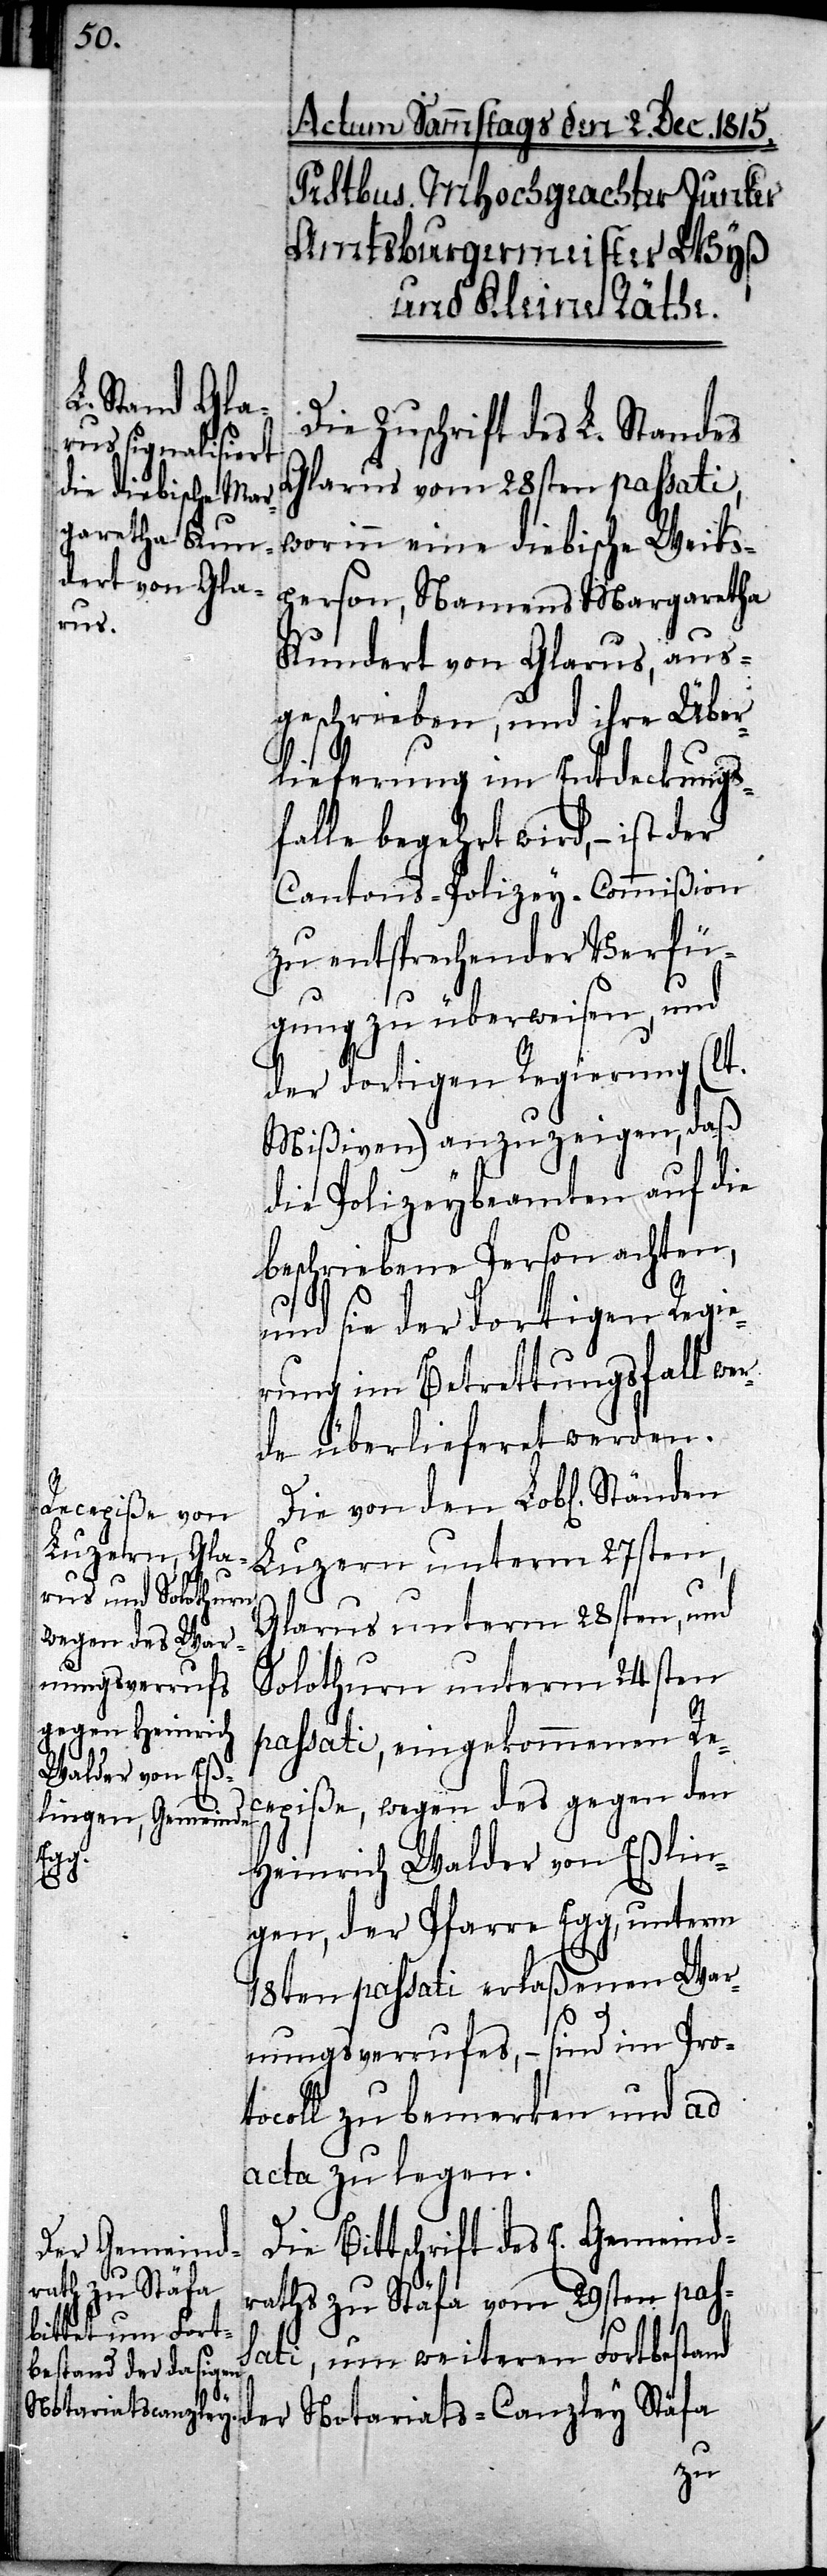
Die Zuschrift des L. Standes
Glarus vom 28sten passati,
worinn eine diebische Weibs¬
person, Namens Margaretha
Kundert von Glarus, aus¬
geschrieben, und ihre Über¬
lieferung im Entdeckungs¬
falle begehrt wird, – ist der
Cantons-Polizey-Commißion
zu entsprechender Verfü¬
gung zu überweisen, und
der dortigen Regierung (lt.
Mißiven) anzuzeigen, daß
die Polizeybeamten auf die
beschriebene Person achten,
und sie der dortigen Regie¬
rung im Betrettungsfall wer¬
de überlieferet werden.
Die von den Lobl. Ständen
Luzern unterm 27sten,
Glarus unterm 28sten, und
Solothurn unterm 24sten
passati, eingekommenen Re¬
cepiße, wegen des gegen den
Heinrich Walder von Eßlin¬
gen, der Pfarre Egg, unterm
18ten passati erlaßenen War¬
nungsverrufes, – sind im Prot¬
ocoll zu bemerken und ad
acta zu legen.
Die Bittschrift des E. Gemeind¬
raths zu Stäfa vom 29sten pas¬
sati, um weiteren Fortbestand